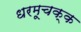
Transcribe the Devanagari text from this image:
धरमूचक्क